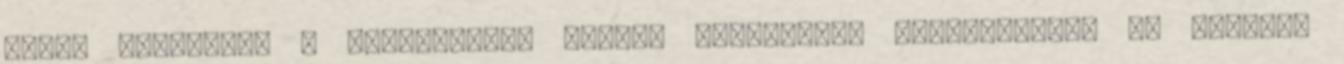
fővel zajlottak a felvételek. Olykor különleges összetételre is szükség